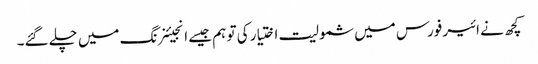
کچھ نے ائیر فورس میں شمولیت اختیار کی تو ہم جیسے انجیئنرنگ میں چلے گئے۔